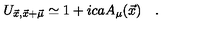
U _ { \vec { x } , \vec { x } + \vec { \mu } } \simeq 1 + i c a A _ { \mu } ( \vec { x } ) \quad .